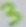
Text: 3